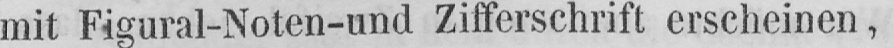
mit Figural-Noten-und Zifferschrift erscheinen,